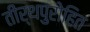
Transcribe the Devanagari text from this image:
तीर्थपुरोहित